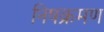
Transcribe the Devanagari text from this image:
निषक्रमण